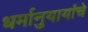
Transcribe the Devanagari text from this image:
धर्मानुयायांचे